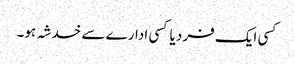
کسی ایک فرد یا کسی ادارے سے خدشہ ہو۔